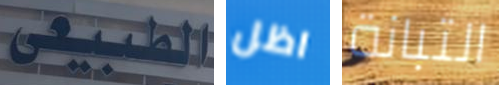
الطبيعى اظل التبانة